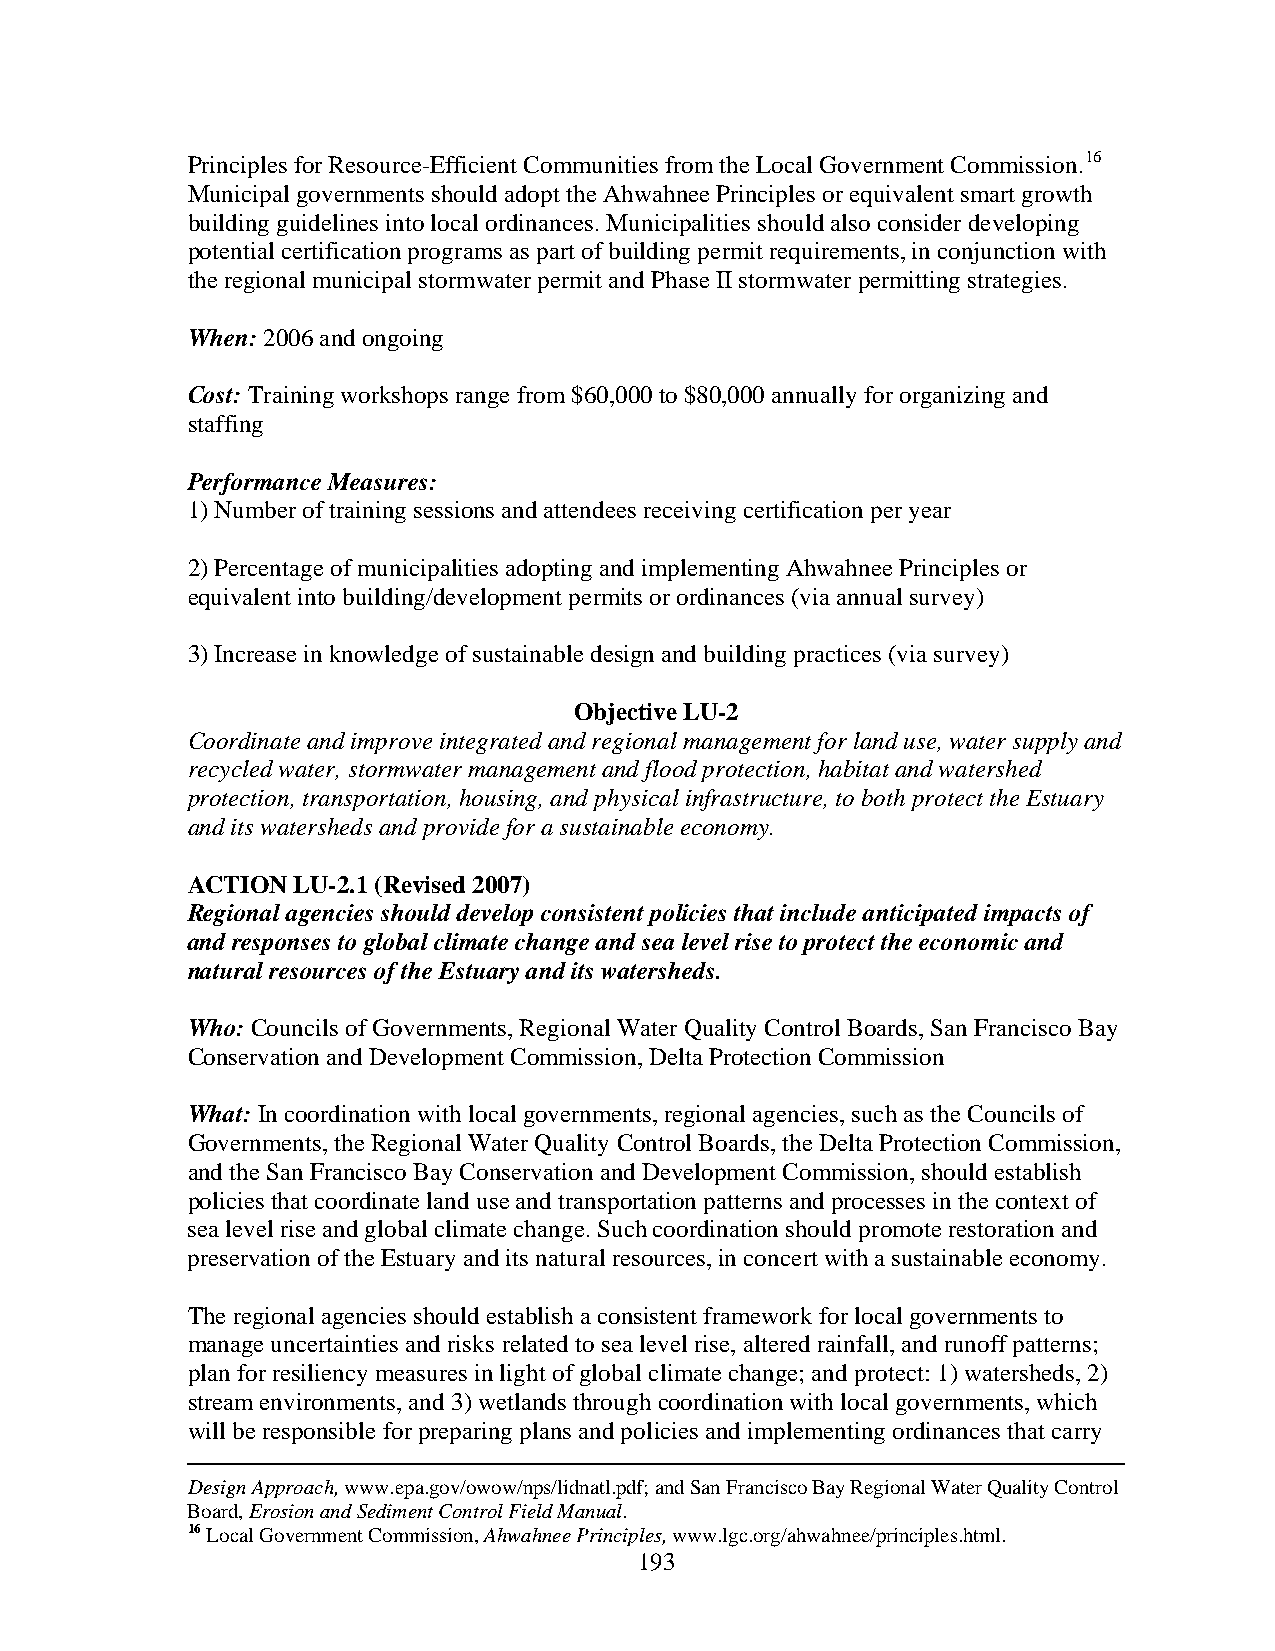
Principles for Resource-Efficient Communities from the Local Government Commission.16
 Municipal governments should adopt the Ahwahnee Principles or equivalent smart growth
 building guidelines into local ordinances. Municipalities should also consider developing
 potential certification programs as part of building permit requirements, in conjunction with
 the regional municipal stormwater permit and Phase II stormwater permitting strategies.
 When: 2006 and ongoing
 Cost: Training workshops range from $60,000 to $80,000 annually for organizing and
 staffing
 Performance Measures:
 1) Number of training sessions and attendees receiving certification per year
 2) Percentage of municipalities adopting and implementing Ahwahnee Principles or
 equivalent into building/development permits or ordinances (via annual survey)
 3) Increase in knowledge of sustainable design and building practices (via survey)
 Objective LU-2
 Coordinate and improve integrated and regional management for land use, water supply and
 recycled water, stormwater management and flood protection, habitat and watershed
 protection, transportation, housing, and physical infrastructure, to both protect the Estuary
 and its watersheds and provide for a sustainable economy.
 ACTION LU-2.1 (Revised 2007)
 Regional agencies should develop consistent policies that include anticipated impacts of
 and responses to global climate change and sea level rise to protect the economic and
 natural resources of the Estuary and its watersheds.
 Who: Councils of Governments, Regional Water Quality Control Boards, San Francisco Bay
 Conservation and Development Commission, Delta Protection Commission
 What: In coordination with local governments, regional agencies, such as the Councils of
 Governments, the Regional Water Quality Control Boards, the Delta Protection Commission,
 and the San Francisco Bay Conservation and Development Commission, should establish
 policies that coordinate land use and transportation patterns and processes in the context of
 sea level rise and global climate change. Such coordination should promote restoration and
 preservation of the Estuary and its natural resources, in concert with a sustainable economy.
 The regional agencies should establish a consistent framework for local governments to
 manage uncertainties and risks related to sea level rise, altered rainfall, and runoff patterns;
 plan for resiliency measures in light of global climate change; and protect: 1) watersheds, 2)
 stream environments, and 3) wetlands through coordination with local governments, which
 will be responsible for preparing plans and policies and implementing ordinances that carry
 Design Approach, www.epa.gov/owow/nps/lidnatl.pdf; and San Francisco Bay Regional Water Quality Control
 Board, Erosion and Sediment Control Field Manual.
 16 Local Government Commission, Ahwahnee Principles, www.lgc.org/ahwahnee/principles.html.
 193